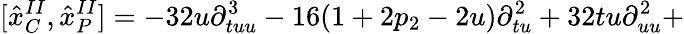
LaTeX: \lbrack{\hat{x}}_{C}^{II},{\hat{x}}_{P}^{II}]=-32u\partial_{tuu}^{3}-16(1+2p_{2}-2u)\partial_{tu}^{2}+32tu\partial_{uu}^{2}+